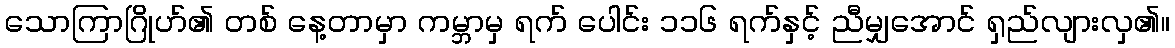
သောကြာဂြိုဟ်၏ တစ် နေ့တာမှာ ကမ္ဘာမှ ရက် ပေါင်း ၁၁၆ ရက်နှင့် ညီမျှအောင် ရှည်လျားလှ၏။